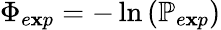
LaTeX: \Phi_{e\mathbf{x}p}=-\ln{\left(\mathbb{{P}}_{e\mathbf{x}p}\right)}